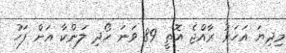
މިދިޔަ އަހަރު ރާއްޖެ އޮތީ 89 ވަނަ ހޯދި ލަންކާ އަށް ފަހު